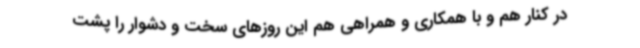
در کنار هم و با همکاری و همراهی هم این روزهای سخت و دشوار را پشت